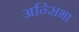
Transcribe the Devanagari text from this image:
अन्सिभा